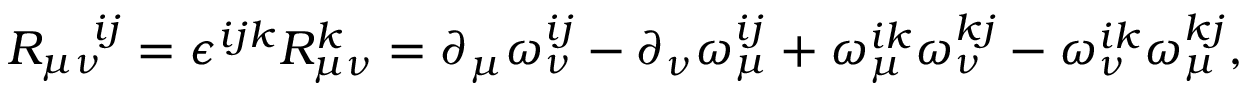
R _ { \mu \nu } ^ { \quad i j } = \epsilon ^ { i j k } R _ { \mu \nu } ^ { k } = \partial _ { \mu } \omega _ { \nu } ^ { i j } - \partial _ { \nu } \omega _ { \mu } ^ { i j } + \omega _ { \mu } ^ { i k } \omega _ { \nu } ^ { k j } - \omega _ { \nu } ^ { i k } \omega _ { \mu } ^ { k j } ,